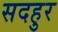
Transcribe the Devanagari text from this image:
सदहुर